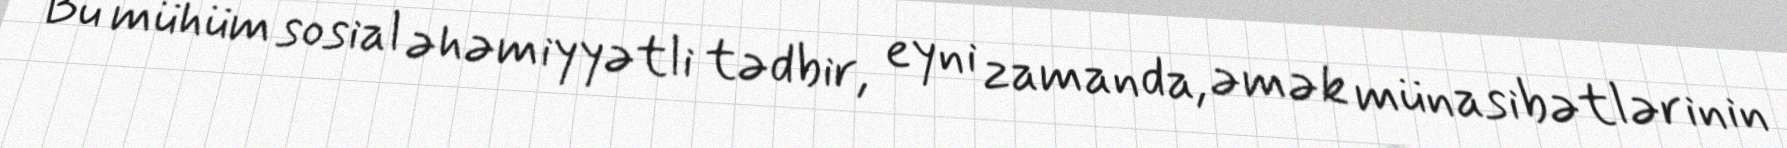
Bu mühüm sosial əhəmiyyətli tədbir, eyni zamanda, əmək münasibətlərinin